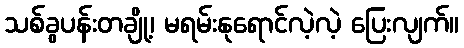
သစ်ခွပန်းတချို့၊ မရမ်းနုရောင်လဲ့လဲ့ ပြေးလျက်။